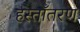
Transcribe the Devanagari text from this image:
हस्ताँतरण